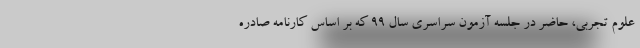
علوم تجربی، حاضر در جلسه آزمون سراسری سال 99 که بر اساس کارنامه صادره